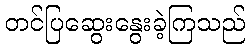
တင်ပြဆွေးနွေးခဲ့ကြသည်